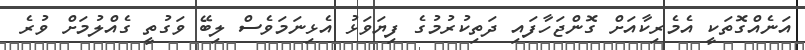
އަނެއްގޮތަކީ އެމެރިކާއަށް ގޮންޖަހާފައި ދަތިކުރުމުގެ ފިޔަވަޅު އެޅިނަމަވެސް ލިބޭ ވަގުތީ ގެއްލުމަށް ވުރެ